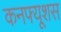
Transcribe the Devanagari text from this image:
कनफ्यूशस